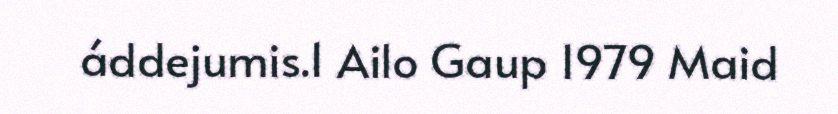
áddejumis.1 Ailo Gaup 1979 Maid